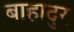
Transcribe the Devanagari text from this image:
बाहादुर